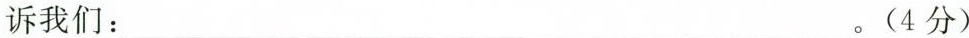
诉我们：___。(4分)